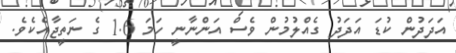
އަދަދުން ކުޑަ އަދަދު ގެއްލުމުން ވެސް އަންނާނީ ހަމަ 1.6 ގެ ނަތީޖާއެކެވެ.